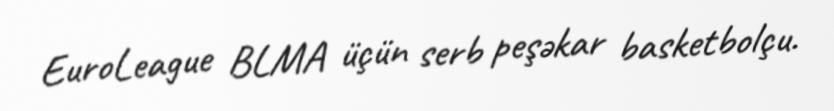
EuroLeague BLMA üçün serb peşəkar basketbolçu.